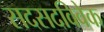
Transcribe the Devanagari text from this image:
सदसदविवेक